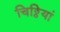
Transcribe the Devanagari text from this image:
चिठ्ठियां